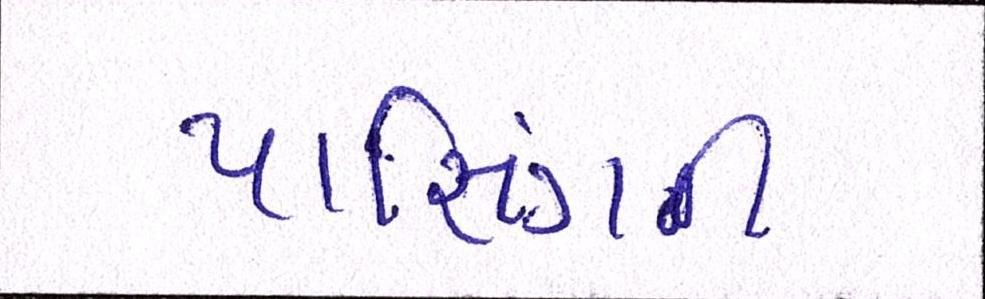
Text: પાસિંગની